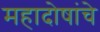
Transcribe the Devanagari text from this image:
महादोषांचे